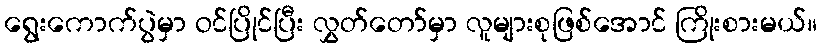
ရွေးကောက်ပွဲမှာ ဝင်ပြိုင်ပြီး လွှတ်တော်မှာ လူများစုဖြစ်အောင် ကြိုးစားမယ်။